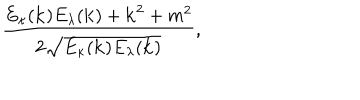
\frac { E _ { \kappa } ( { \bf k } ) E _ { \lambda } ( { \bf k } ) + { \bf k } ^ { 2 } + m ^ { 2 } } { 2 \sqrt { E _ { \kappa } ( { \bf k } ) E _ { \lambda } ( { \bf k } ) } } ,